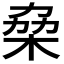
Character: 𠡷